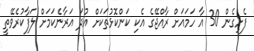
ފެށިގެން 30 އާ ހަމައަށް ރާއްޖޭގެ އެކި ކަންކޮޅުތަކަށް އުދަ އަރާނެކަމަށް ލަފާކުރެވޭތީ